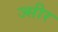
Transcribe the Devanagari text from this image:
ज्सीर